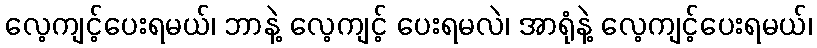
လေ့ကျင့်ပေးရမယ်၊ ဘာနဲ့ လေ့ကျင့် ပေးရမလဲ၊ အာရုံနဲ့ လေ့ကျင့်ပေးရမယ်၊